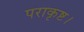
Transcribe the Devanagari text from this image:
पराकृष्ट।